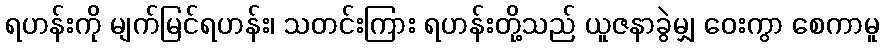
ရဟန်းကို မျက်မြင်ရဟန်း၊ သတင်းကြား ရဟန်းတို့သည် ယူဇနာခွဲမျှ ဝေးကွာ စေကာမူ